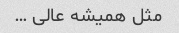
مثل همیشه عالی …